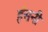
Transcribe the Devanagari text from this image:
हंसनी